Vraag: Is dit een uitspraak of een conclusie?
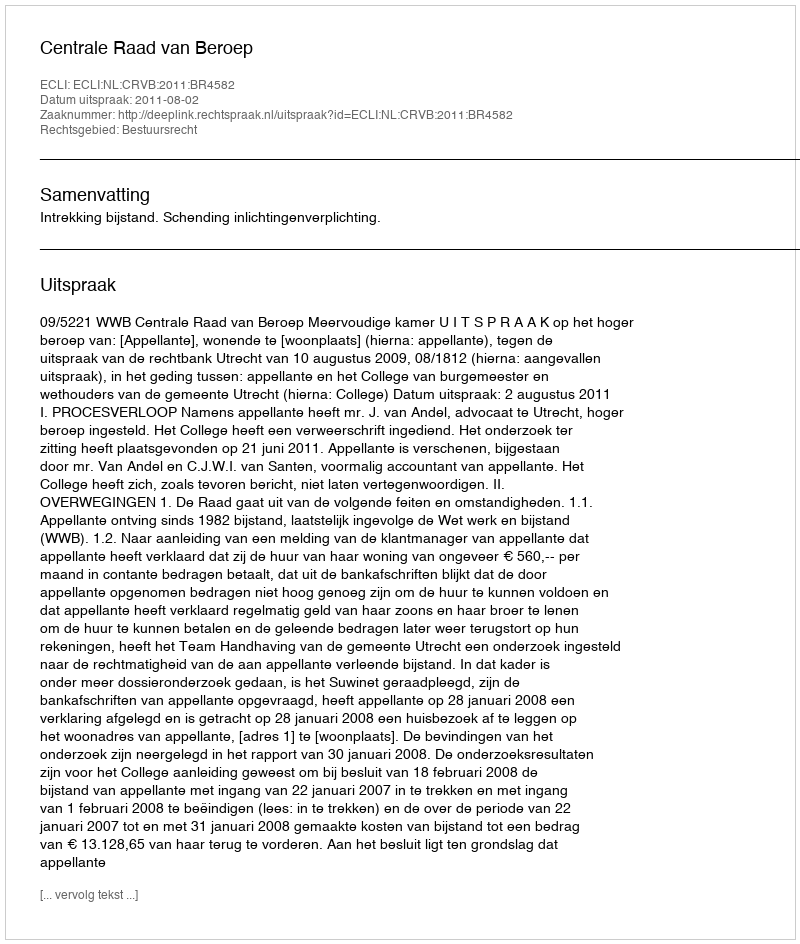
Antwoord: Uitspraak